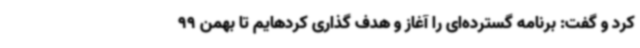
کرد و گفت: برنامه گسترده‌ای را آغاز و هدف گذاری کردهایم تا بهمن 99